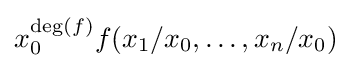
x_{0}^{\deg(f)}f(x_{1}/x_{0},\dots ,x_{n}/x_{0})